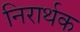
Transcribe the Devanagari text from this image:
निरार्थक